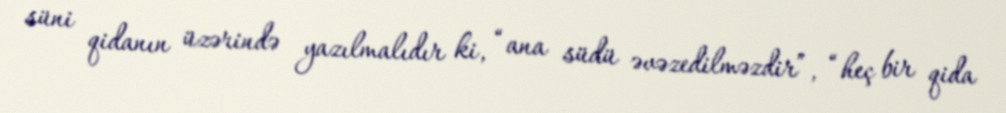
süni qidanın üzərində yazılmalıdır ki, “ana südü əvəzedilməzdir”, “heç bir qida